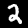
Digit: 2